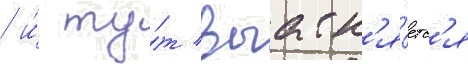
/ и́ ту́т выасн'я́етс'я